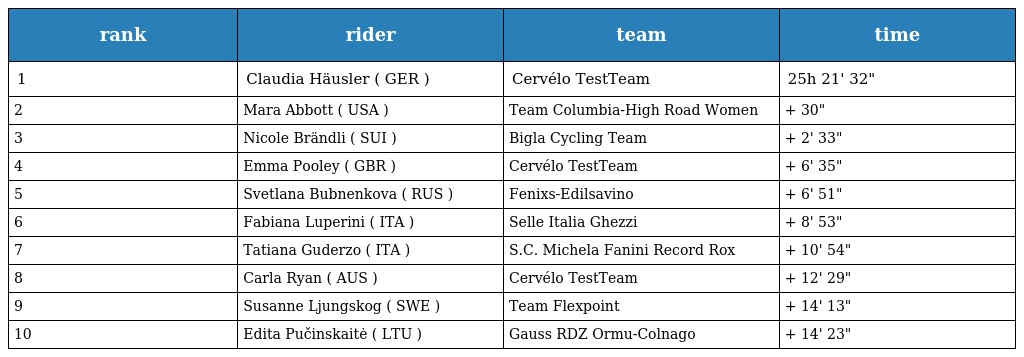
| rank | rider | team | time |
 | --- | --- | --- | --- |
 | 1 | Claudia Häusler ( GER ) | Cervélo TestTeam | 25h 21' 32" |
 | 2 | Mara Abbott ( USA ) | Team Columbia-High Road Women | + 30" |
 | 3 | Nicole Brändli ( SUI ) | Bigla Cycling Team | + 2' 33" |
 | 4 | Emma Pooley ( GBR ) | Cervélo TestTeam | + 6' 35" |
 | 5 | Svetlana Bubnenkova ( RUS ) | Fenixs-Edilsavino | + 6' 51" |
 | 6 | Fabiana Luperini ( ITA ) | Selle Italia Ghezzi | + 8' 53" |
 | 7 | Tatiana Guderzo ( ITA ) | S.C. Michela Fanini Record Rox | + 10' 54" |
 | 8 | Carla Ryan ( AUS ) | Cervélo TestTeam | + 12' 29" |
 | 9 | Susanne Ljungskog ( SWE ) | Team Flexpoint | + 14' 13" |
 | 10 | Edita Pučinskaitė ( LTU ) | Gauss RDZ Ormu-Colnago | + 14' 23" |